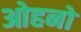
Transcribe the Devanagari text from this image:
ओहनो